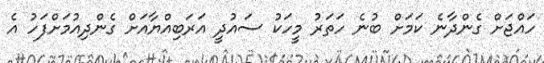
ހައްޖަށް ގެންދާނެ ކަމަށް ބުނެ ހަތަރު މީހަކު ސައުދީ އަރަބިއްޔާއަށް ގެންދިއުމަށްފަހު އެ